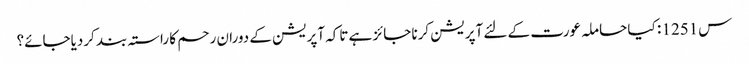
س1251 : کیا حاملہ عورت کے لئے آپریشن کرنا جائز ہے تاکہ آپریشن کے دوران رحم کا راستہ بند کردیاجائے؟